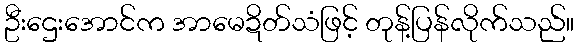
ဦးဌေးအောင်က အာမေဍိတ်သံဖြင့် တုန့်ပြန်လိုက်သည်။